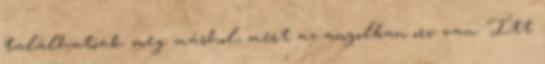
találhatóak meg máshol, mert az angolban orc van. Itt